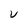
Character: V